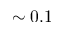
\sim 0 . 1